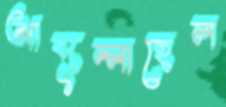
আব্দুল্লাহেল